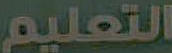
التعليم